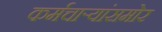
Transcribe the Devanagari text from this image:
कर्मचाऱ्यांसमोर